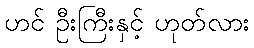
ဟင် ဦးကြီးနှင့် ဟုတ်လား